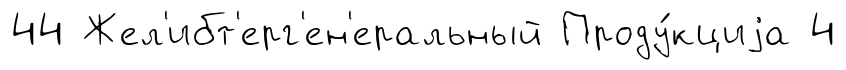
44 Жел'ибт'ерг'ен'еральный Проду́кциjа 4